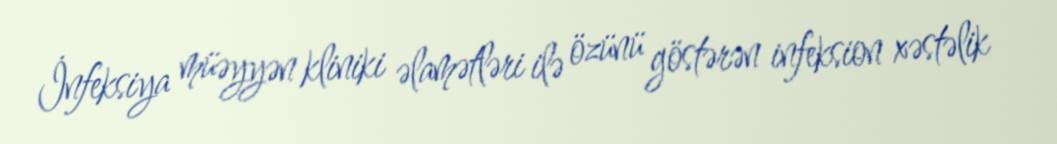
İnfeksiya müəyyən kliniki əlamətləri ilə özünü göstərən infeksion xəstəlik